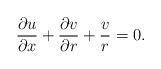
LaTeX: \begin{align*}\frac{\partial u}{\partial x}+\frac{\partial v}{\partial r}+\frac{v}{r}=0.\end{align*}